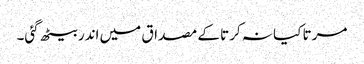
مرتا کیا نہ کرتا کے مصداق میں اندر بیٹھ گئی۔